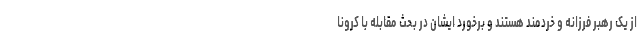
از یک رهبر فرزانه و خردمند هستند و برخورد ایشان در بحث مقابله با کرونا